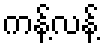
ကန့်လန့်